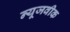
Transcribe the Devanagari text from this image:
न्‍यूजवीक